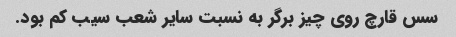
سس قارچ روی چیز برگر به نسبت سایر شعب سیب کم بود.